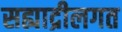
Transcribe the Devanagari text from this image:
सह्याद्रीलगत